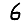
Digit: 6